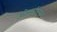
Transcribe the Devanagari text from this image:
ओव्यांनुसार